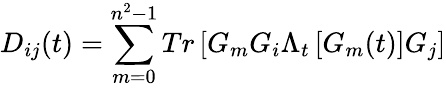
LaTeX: {{D}_{ij}}(t)=\sum_{m=0}^{{{n}^{2}}-1}{Tr\left[{{G}_{m}}{{G}_{i}}{{\Lambda}_{t}}\left[{{G}_{m}(t)}\right]{{G}_{j}}\right]}